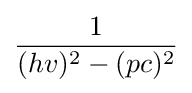
1 \over {(hv)^{2}-(pc)^{2}}